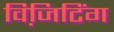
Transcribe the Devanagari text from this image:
विजि़टिंग